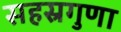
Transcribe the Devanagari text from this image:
सहस्रगुणा